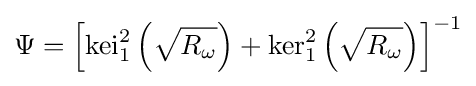
\Psi =\left[{\textrm {kei}}_{1}^{2}\left({\sqrt {R_{\omega }}}\right)+{\textrm {ker}}_{1}^{2}\left({\sqrt {R_{\omega }}}\right)\right]^{-1}